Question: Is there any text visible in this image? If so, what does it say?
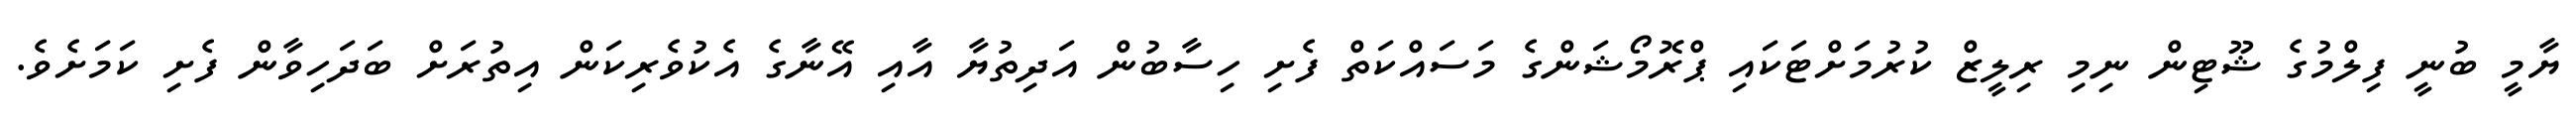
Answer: ޔާމީ ބުނީ ފިލްމުގެ ޝޫޓިން ނިމި ރިލީޒް ކުރުމަށްޓަކައި ޕްރޮމޯޝަންގެ މަސައްކަތް ފެށި ހިސާބުން އަދިތުޔާ އާއި އޭނާގެ އެކުވެރިކަން އިތުރަށް ބަދަހިވާން ފެށި ކަމަށެވެ.